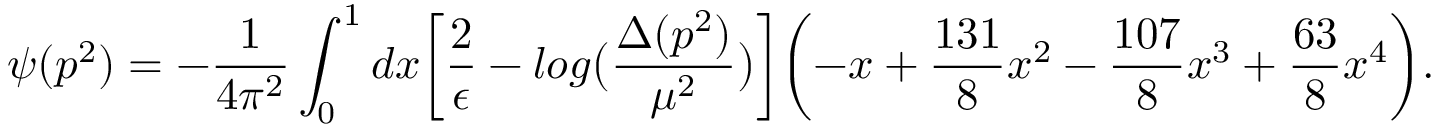
\psi ( p ^ { 2 } ) = - \frac { 1 } { 4 \pi ^ { 2 } } \int _ { 0 } ^ { 1 } d x \biggl [ \frac { 2 } { \epsilon } - l o g \bigl ( \frac { \Delta ( p ^ { 2 } ) } { \mu ^ { 2 } } \bigr ) \biggr ] \biggl ( - x + \frac { 1 3 1 } { 8 } x ^ { 2 } - \frac { 1 0 7 } { 8 } x ^ { 3 } + \frac { 6 3 } { 8 } x ^ { 4 } \biggr ) .